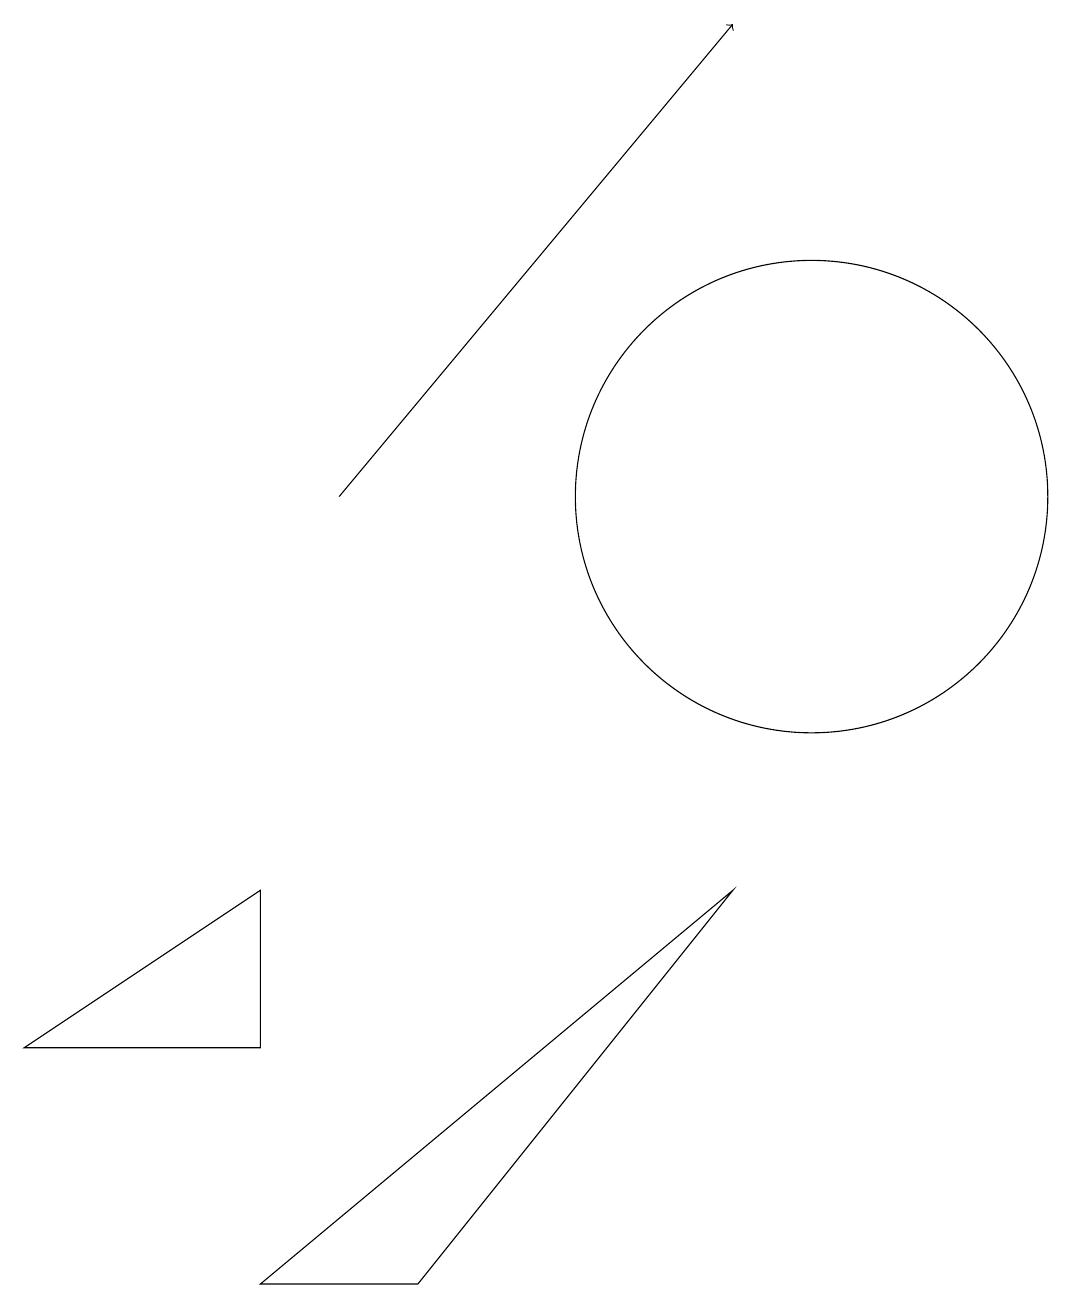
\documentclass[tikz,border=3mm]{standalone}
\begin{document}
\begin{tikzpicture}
\draw (10,10) circle (3);
\draw[->] (4,10) -- (9,16);
\draw (5,0) -- (9,5) -- (3,0) -- cycle;
\draw (3,5) -- (0,3) -- (3,3) -- cycle;
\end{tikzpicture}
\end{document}